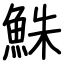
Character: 鮢